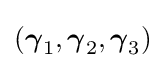
({\boldsymbol {\gamma }}_{1},{\boldsymbol {\gamma }}_{2},{\boldsymbol {\gamma }}_{3})